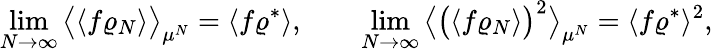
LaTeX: \operatorname*{lim}_{N\to\infty}\big\langle\langle f\varrho_{N}\rangle\big\rangle_{\mu^{N}}=\langle f\varrho^{*}\rangle,\qquad\operatorname*{lim}_{N\to\infty}\big\langle\big(\langle f\varrho_{N}\rangle\big)^{2}\big\rangle_{\mu^{N}}=\langle f\varrho^{*}\rangle^{2},